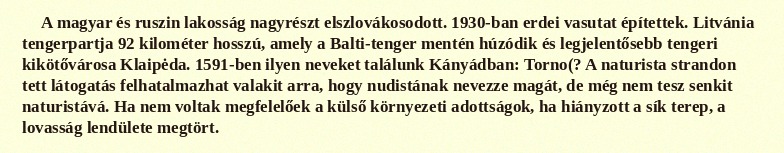
A magyar és ruszin lakosság nagyrészt elszlovákosodott. 1930-ban erdei vasutat építettek. Litvánia tengerpartja 92 kilométer hosszú, amely a Balti-tenger mentén húzódik és legjelentősebb tengeri kikötővárosa Klaipėda. 1591-ben ilyen neveket találunk Kányádban: Torno(? A naturista strandon tett látogatás felhatalmazhat valakit arra, hogy nudistának nevezze magát, de még nem tesz senkit naturistává. Ha nem voltak megfelelőek a külső környezeti adottságok, ha hiányzott a sík terep, a lovasság lendülete megtört.